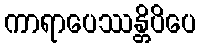
ကာရာပေဿန္တိပိပေ